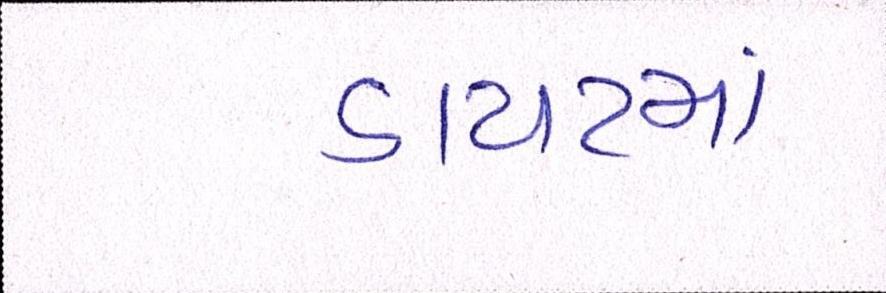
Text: ડાયટમાં